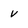
Character: v